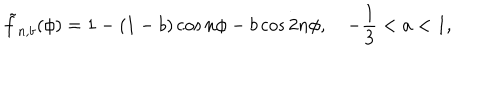
LaTeX: \tilde { f } _ { n , b } ( \phi ) = 1 - ( 1 - b ) \cos n \phi - b \cos 2 n \phi , \quad - \frac { 1 } { 3 } < a < 1 ,